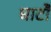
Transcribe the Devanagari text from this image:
घाटौं